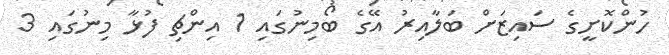
ހުންކޮށީގެ ސައިޒަށް ބަލާއިރު އޭގެ ބޯމިނުގައި 1 އިންޗި ފުޅާ މިނުގައި 3